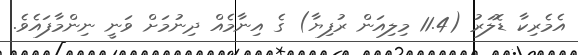
އެމެރިކާ ޑޮލަރު (11.4 މިލިއަން ރުފިޔާ) ގެ އިނާމެއް ދިނުމަށް ވަނީ ނިންމާފައެވެ.